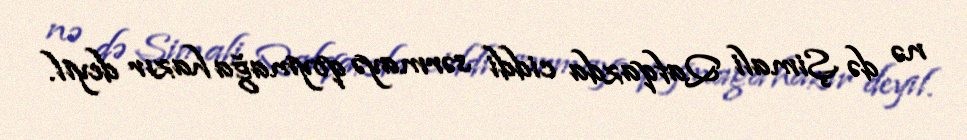
nə də Şimali Qafqazda ciddi sərmayə qoymağa hazır deyil.